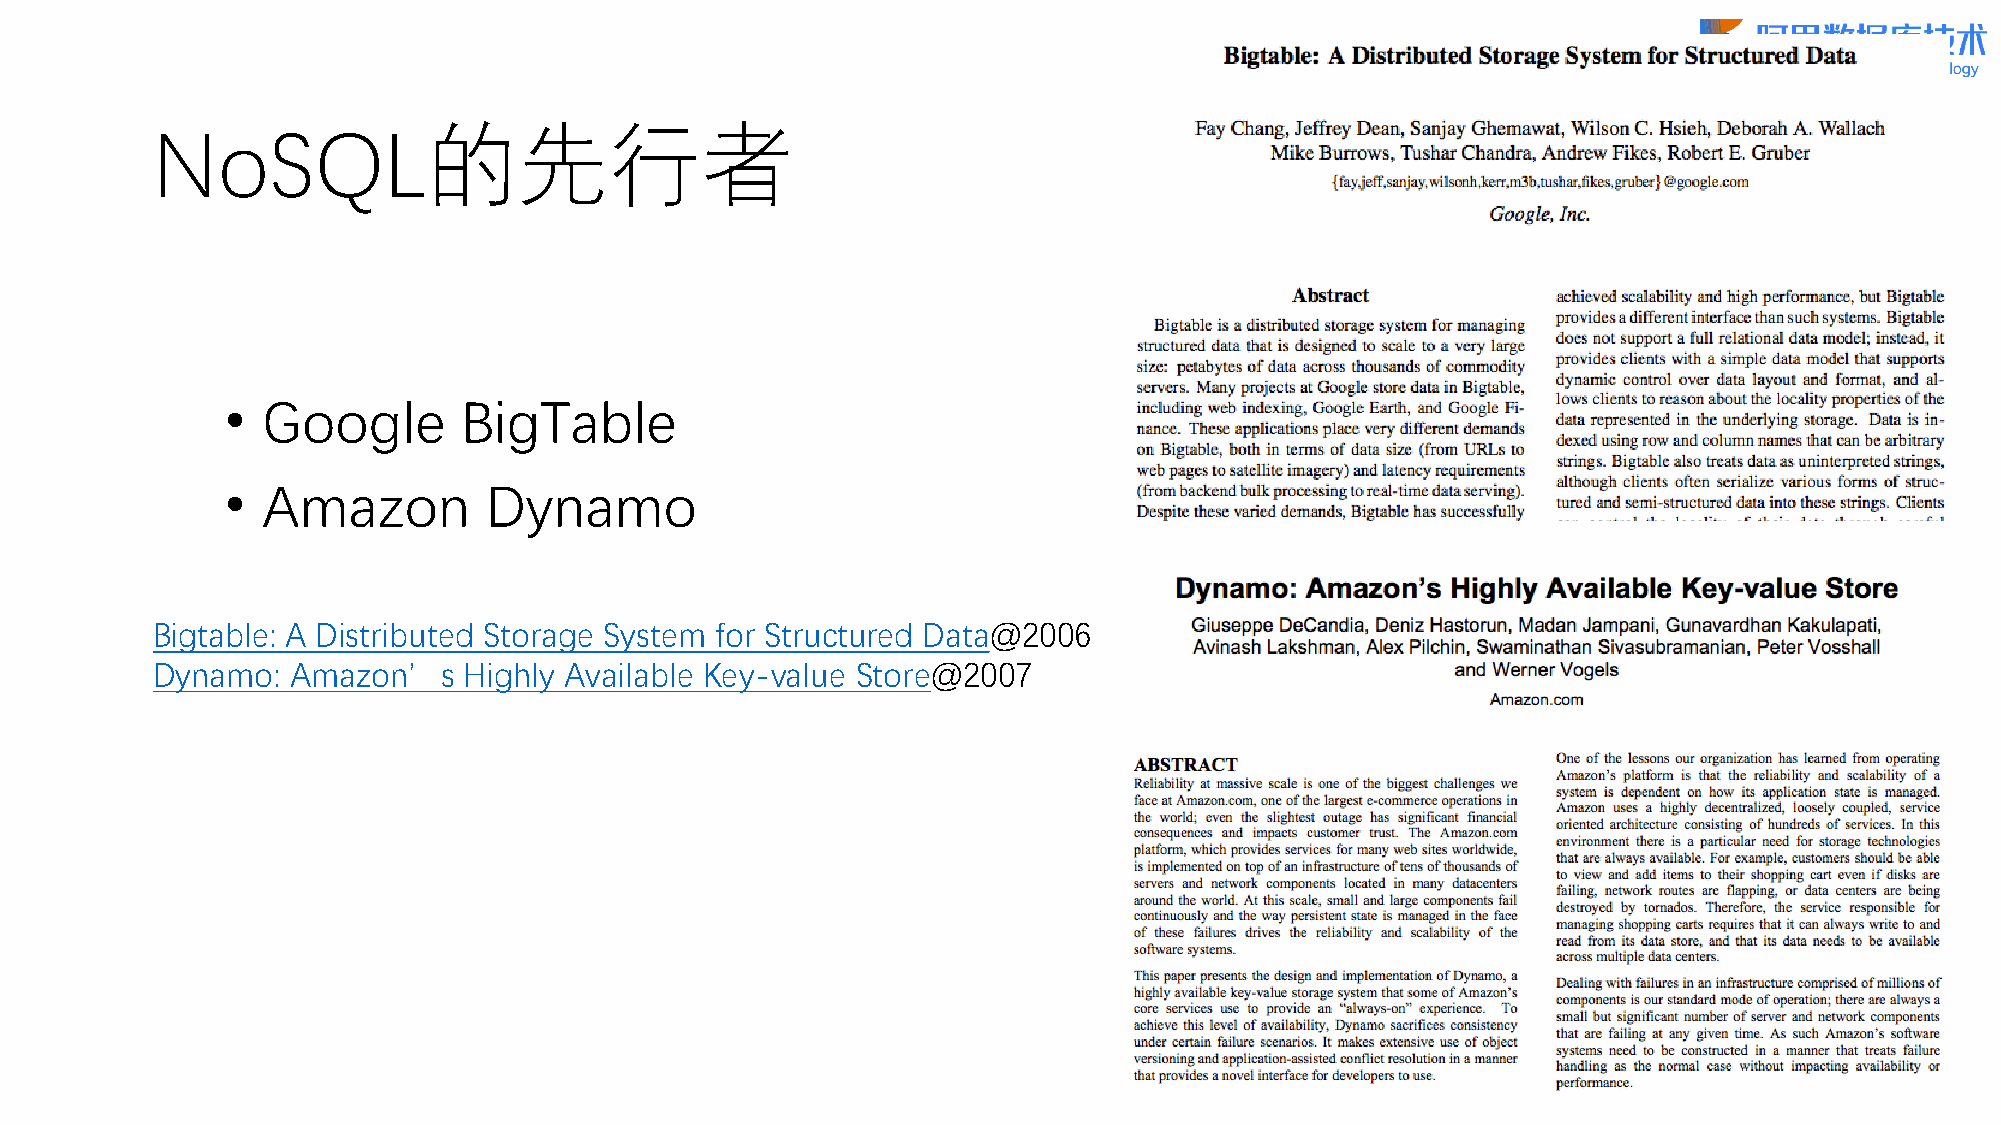
NoSQL的先行者
 • Google        BigTable
 • Amazon         Dynamo
 Bigtable: A Distributed Storage System for Structured Data@2006
 Dynamo:  Amazon’s    Highly Available Key-value Store@2007